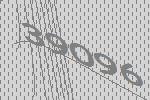
39096